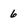
Character: 6